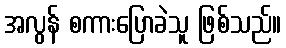
အလွန် စကားပြောခဲသူ ဖြစ်သည်။